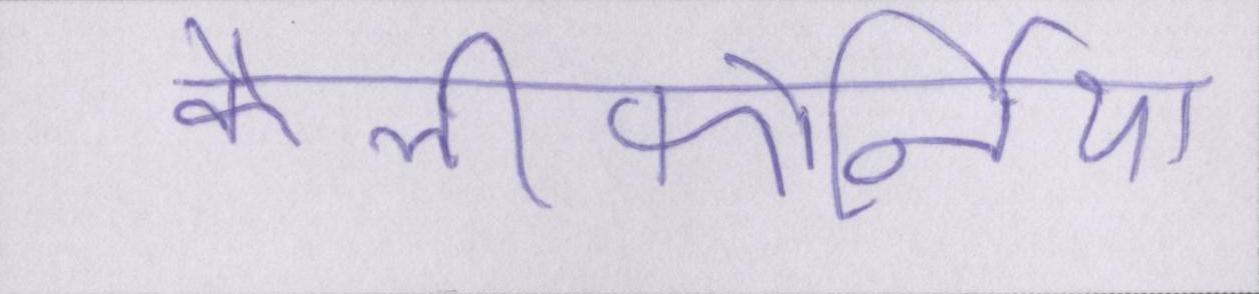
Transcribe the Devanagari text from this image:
कैलीफोर्निया